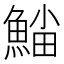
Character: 𩸛